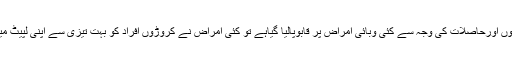
سائنسی دریافتوں اورحاصلات کی وجہ سے کئی وبائی امراض پر قابوپالیا گیاہے تو کئی امراض نے کروڑوں افراد کو بہت تیزی سے اپنی لپیٹ میں بھی لیا ہے۔